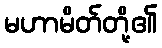
မဟာမိတ်တို့၏